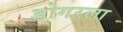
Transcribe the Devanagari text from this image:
डोगरला